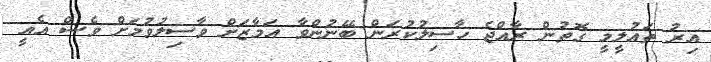
އިރު ތައުލީމީ ގޮތުން ރާއްޖެ ހާސިލުކުރަން ބޭނުންވާ އަމާޒަށް ވާސިލުވުމަށް ވެސް އެއީ